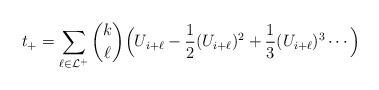
LaTeX: \begin{align*} t_+ = \sum_{\ell \in \mathcal{L}^+} \binom{k}{\ell} \Bigl( U_{i+\ell} - \frac{1}{2} (U_{i+\ell})^2 + \frac{1}{3} (U_{i+\ell})^3 \cdots \Bigr)\\\end{align*}